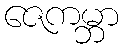
ဇေကမ္ဘာ